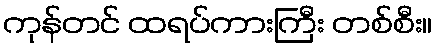
ကုန်တင် ထရပ်ကားကြီး တစ်စီး။